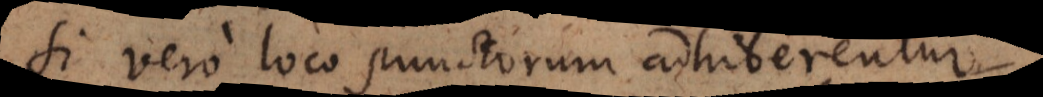
Si vero loco punctorum adhiberentur